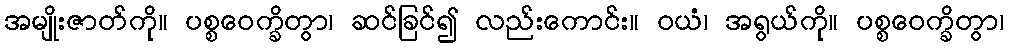
အမျိုးဇာတ်ကို။ ပစ္စဝေက္ခိတွာ၊ ဆင်ခြင်၍ လည်းကောင်း။ ဝယံ၊ အရွယ်ကို။ ပစ္စဝေက္ခိတွာ၊